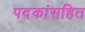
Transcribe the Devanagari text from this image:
पदकांसहित